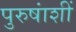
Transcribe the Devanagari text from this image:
पुरुषांशीं